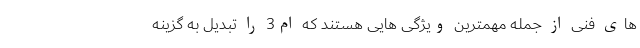
های فنی از جمله مهمترین ویژگی هایی هستند که ام3 را تبدیل به گزینه